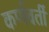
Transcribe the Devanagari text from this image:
कर्णवर्ती